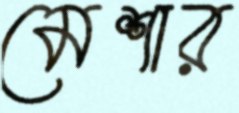
মেশার